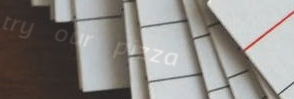
try our pizza